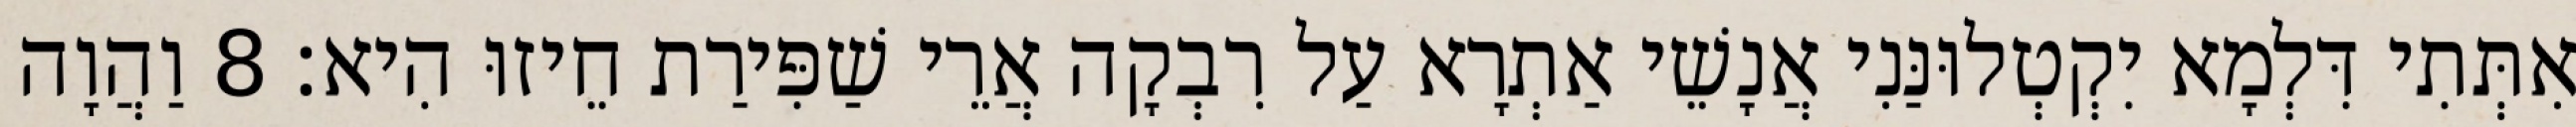
אִתְּתִי דִּלְמָא יִקְטְלוּנַּנִי אֲנָשֵׁי אַתְרָא עַל רִבְקָה אֲרֵי שַׁפִּירַת חֵיזוּ הִיא׃ 8 וַהֲוָה